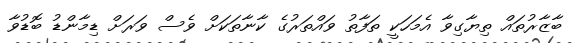
ބާޒާރުތައް ތިޔާގިވާ އެމަހަކީ ތަފާތު ވައްތަރުގެ ކާނާތަކަށް ވެސް ވަރަށް ޑިމާންޑު ބޮޑުވާ